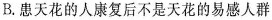
B. 患天花的人康复后不是天花的易感人群